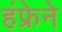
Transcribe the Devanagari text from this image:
हंफ्रेने